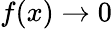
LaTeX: f(x)\rightarrow 0